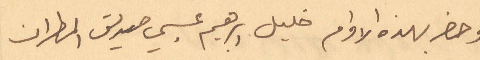
وحضر بهذه الأوامر خليل إبراهيم عيسى صديق المطران